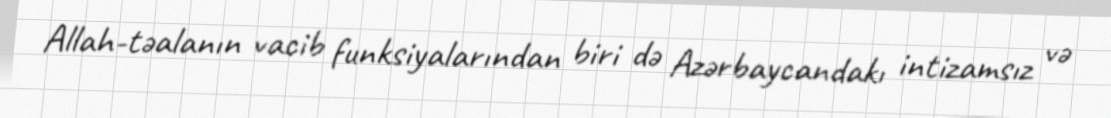
Allah-təalanın vacib funksiyalarından biri də Azərbaycandakı intizamsız və